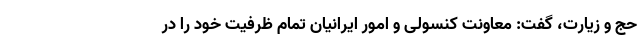
حج و زیارت، گفت: معاونت کنسولی و امور ایرانیان تمام ظرفیت خود را در